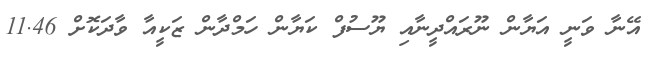
އޭނާ ވަނީ އަޔާން ނޫރައްދީނާއި ޔޫސުފް ކަޔާން ހަމްދާން ޒަކީއާ ވާދަކޮށް 11.46